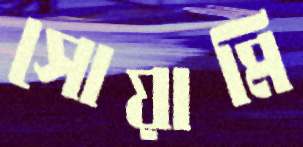
সোয়ামি